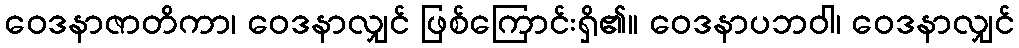
ဝေဒနာဇာတိကာ၊ ဝေဒနာလျှင် ဖြစ်ကြောင်းရှိ၏။ ဝေဒနာပဘဝါ၊ ဝေဒနာလျှင်